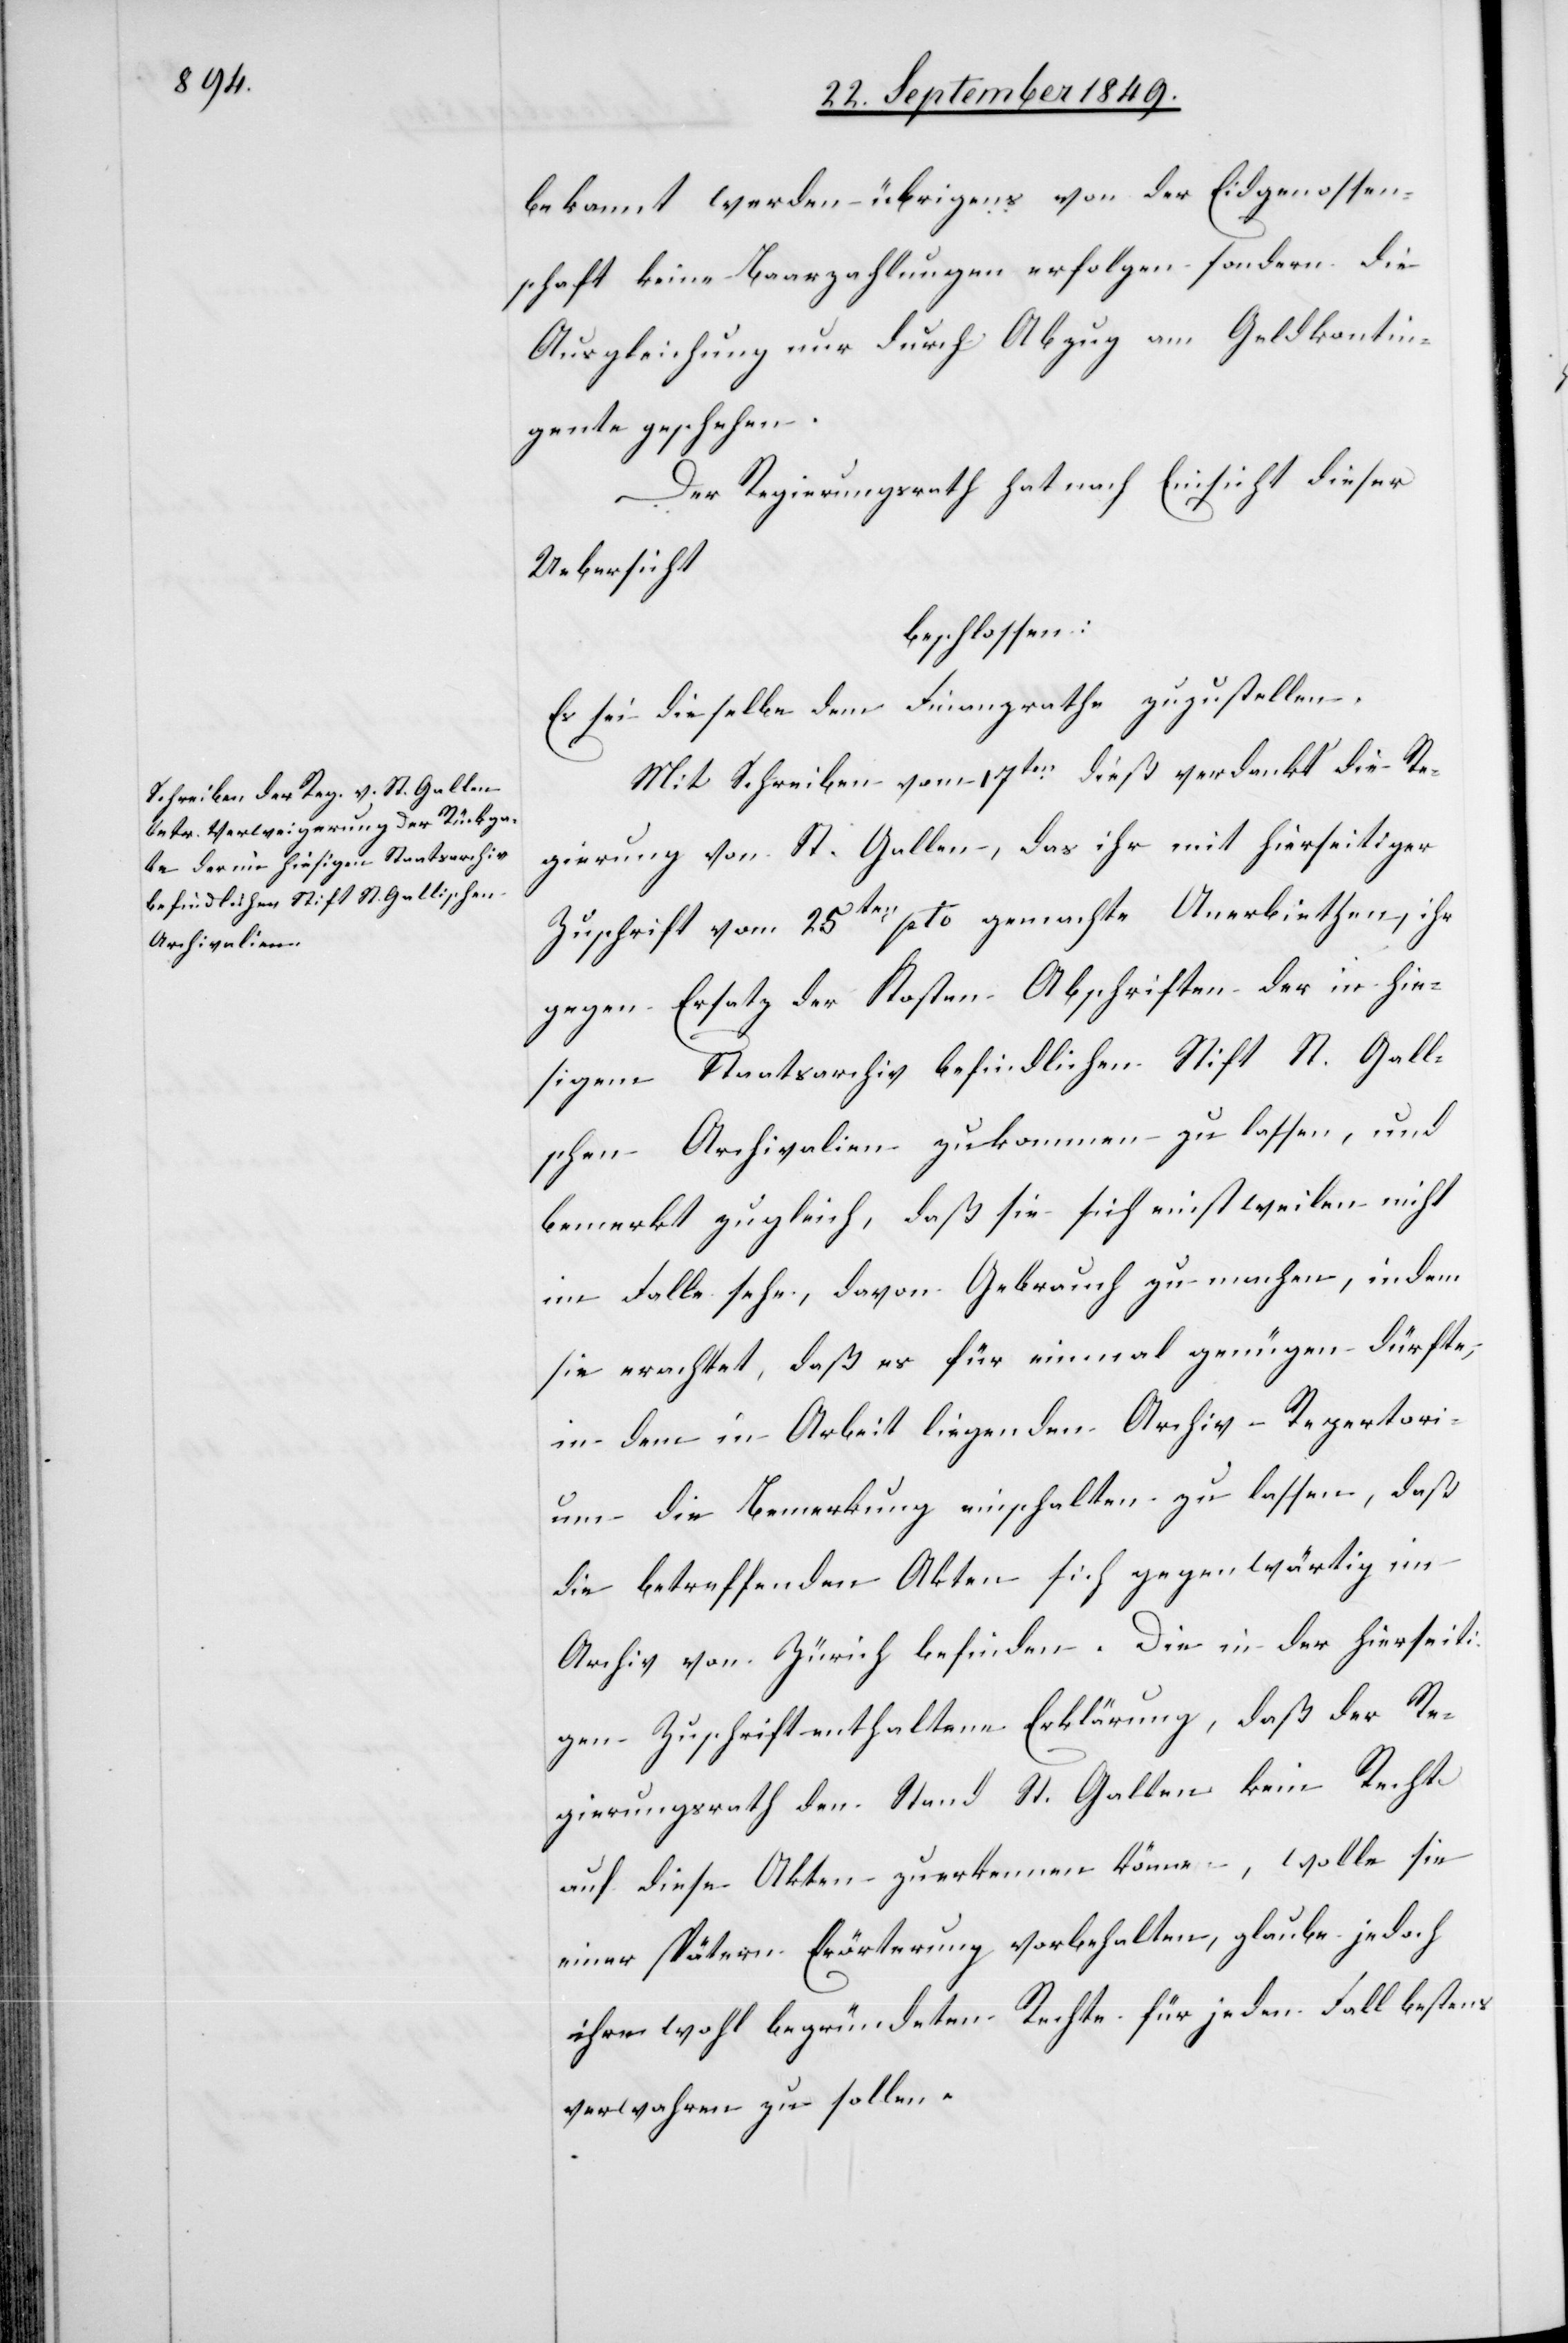
bekannt werden – übrigens von der Eidgenossen¬
schaft keine Baarbezahlungen erfolgen sondern die
Ausgleichung nur durch Abzug an Geldkontin¬
gente geschehen.
Der Regierungsrath hat nach Einsicht dieser
Uebersicht
beschlossen:
Es sei dieselbe dem Finanzrathe zuzustellen.
Mit Schreiben vom 17ten dieß verdankt die Re¬
gierung von St. Gallen, das ihr mit hierseitiger
Zuschrift vom 25ten pto gemachte Anerbiethen, ihr
gegen Ersatz der Kosten Abschriften der in hie¬
sigem Staatsarchiv befindlichen Stift St. Gall¬
en Archivalien zukommen zu lassen, und
bemerkt zugleich, daß sie sich einstweilen nicht
im Falle sehe, davon Gebrauch zu machen, indem
sie erachtet, daß es für einmal genügen dürfte,
in dem in Arbeit liegenden Archiv-Repertori¬
um die Bemerkung einschalten zu lassen, daß
die betreffenden Akten sich gegenwärtig im
Archiv von Zürich befinden. Die in der hierseiti¬
gen Zuschrift enthaltene Erklärung, daß der Re¬
gierungsrath den [sic!] Stand St. Gallen kein Recht
auf diese Akten zuerkennen könne, wolle sie
einer spätern Erörterung vorbehalten, glaube jedoch
ihre wohl begründeten Rechte für jeden Fall bestens
verwahren zu sollen.